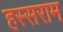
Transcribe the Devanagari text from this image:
हस्सराम